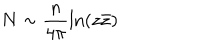
N \sim \frac { n } { 4 \pi } \ln ( z \bar { z } )